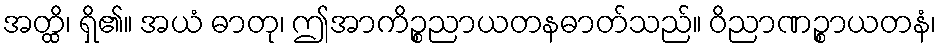
အတ္ထိ၊ ရှိ၏။ အယံ ဓာတု၊ ဤအာကိဉ္စညာယတနဓာတ်သည်။ ဝိညာဏဉ္စာယတနံ၊